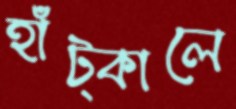
হাঁট্‌কালে